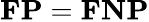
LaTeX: \mathbf{FP}=\mathbf{FNP}